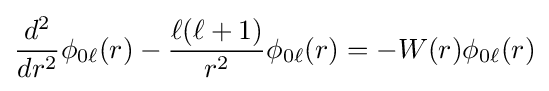
{\frac {d^{2}}{dr^{2}}}\phi _{0\ell }(r)-{\frac {\ell (\ell +1)}{r^{2}}}\phi _{0\ell }(r)=-W(r)\phi _{0\ell }(r)